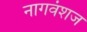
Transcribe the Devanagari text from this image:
नागवंशज